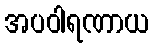
အပဝါရဏာယ